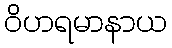
ဝိဟရမာနာယ